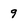
Character: 9